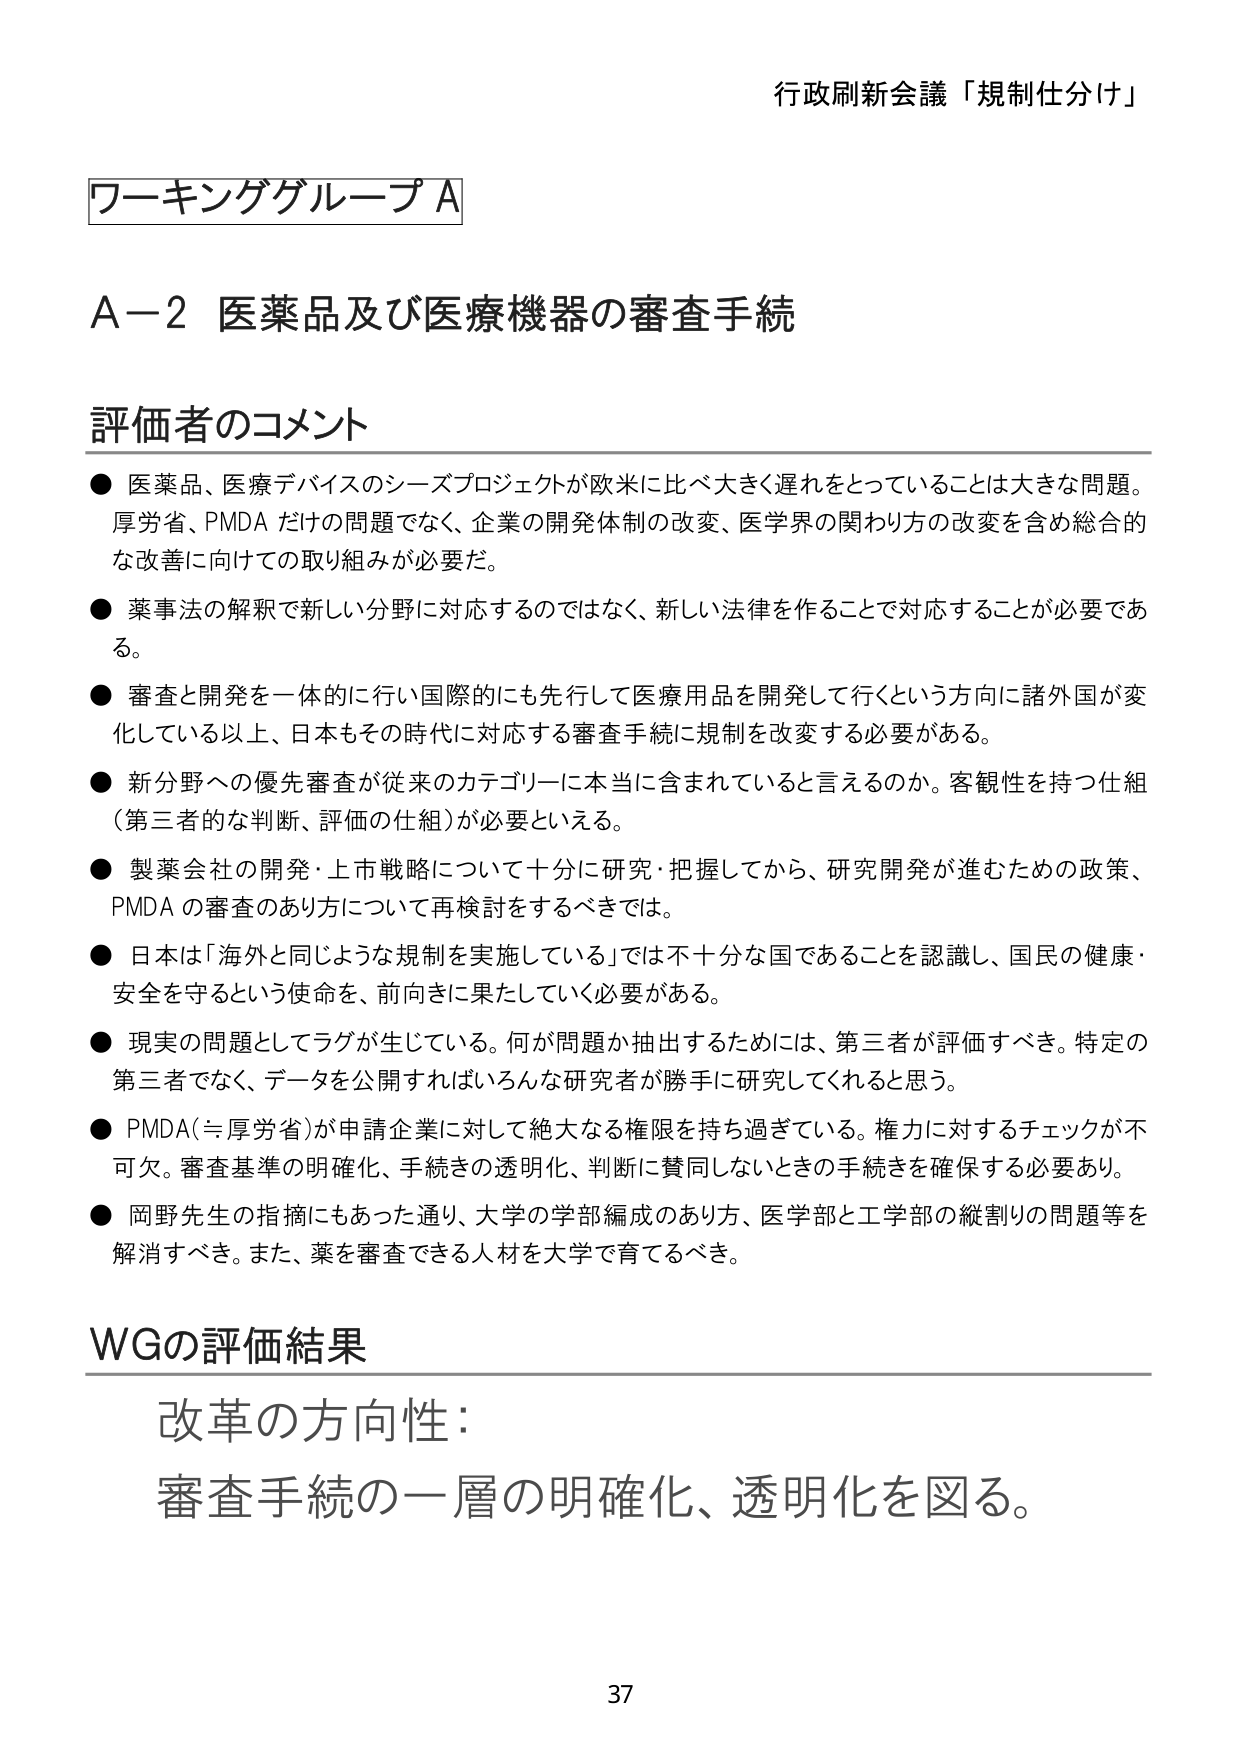
行政刷新会議「規制仕分け」

ワーキンググループA

A－2 医薬品及び医療機器の審査手続

評価者のコメント

● 医薬品、医療デバイスのシーズプロジェクトが欧米に比べ大きく遅れをとっていることは大きな問題。厚労省、PMDAだけの問題でなく、企業の開発体制の改変、医学界の関わり方の改変を含め総合的な改善に向けての取り組みが必要だ。

● 薬事法の解釈で新しい分野に対応するのではなく、新しい法律を作ることで対応することが必要である。

● 審査と開発を一体的に行い国際的にも先行して医療用品を開発して行くという方向に諸外国が変化している以上、日本もその時代に対応する審査手続に規制を改変する必要がある。

● 新分野への優先審査が従来のカテゴリーに本当に含まれていると言えるのか。客観性を持つ仕組（第三者的な判断、評価の仕組）が必要といえる。

● 製薬会社の開発・上市戦略について十分に研究・把握してから、研究開発が進むための政策、PMDAの審査のあり方について再検討をするべきでは。

● 日本は「海外と同じような規制を実施している」では不十分な国であることを認識し、国民の健康・安全を守るという使命を、前向きに果たしていく必要がある。

● 現実の問題としてラグが生じている。何が問題か抽出するためには、第三者が評価すべき。特定の第三者でなく、データを公開すればいろんな研究者が勝手に研究してくれると思う。

● PMDA（＝厚労省）が申請企業に対して絶大なる権限を持ち過ぎている。権力に対するチェックが不可欠。審査基準の明確化、手続きの透明化、判断に賛同しないときの手続きを確保する必要あり。

● 岡野先生の指摘にもあった通り、大学の学部編成のあり方、医学部と工学部の縦割りの問題等を解消すべき。また、薬を審査できる人材を大学で育てるべき。

WGの評価結果

改革の方向性：
審査手続の一層の明確化、透明化を図る。

37